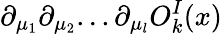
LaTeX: \partial_{\mu_{1}}\partial_{\mu_{2}}...\partial_{\mu_{l}}O_{k}^{I}(x)